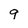
Character: q